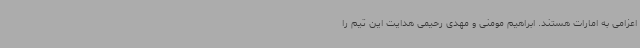
اعزامی به امارات هستند. ابراهیم مومنی و مهدی رحیمی هدایت این تیم را